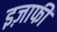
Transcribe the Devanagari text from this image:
इज़ाफी